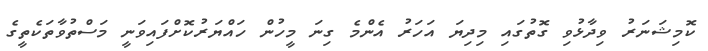
ކޮމިޝަނަރު ވިދާޅުވި ގޮތުގައި މިދިޔަ އަހަރު އެންމެ ގިނަ މީހުން ހައްޔަރުކޮށްފައިވަނީ މަސްތުވާތަކެތީގެ